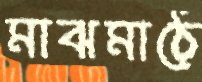
মাঝমাঠে